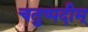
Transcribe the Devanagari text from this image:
चतुष्पदीम्